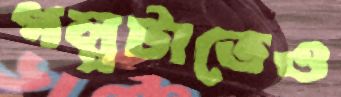
গল্পটাতেও